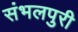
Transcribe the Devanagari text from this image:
संभलपुरी